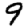
Digit: 9